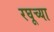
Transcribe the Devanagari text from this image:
रघूच्या